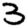
Digit: 3